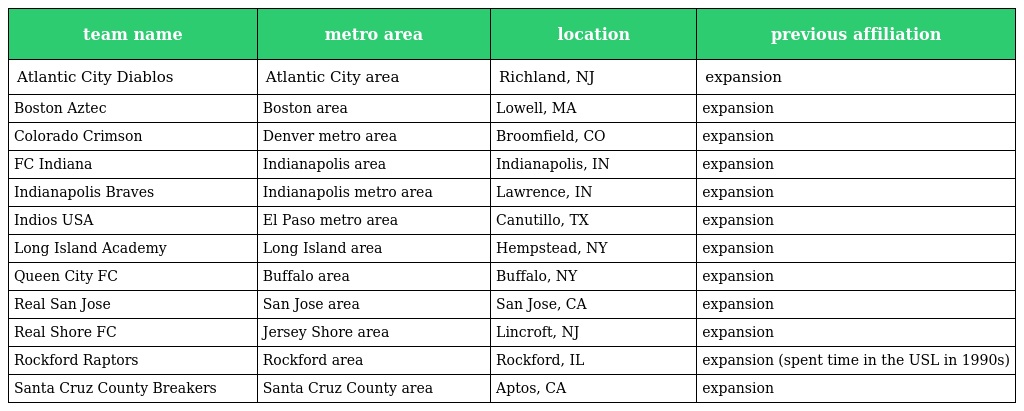
| team name | metro area | location | previous affiliation |
 | --- | --- | --- | --- |
 | Atlantic City Diablos | Atlantic City area | Richland, NJ | expansion |
 | Boston Aztec | Boston area | Lowell, MA | expansion |
 | Colorado Crimson | Denver metro area | Broomfield, CO | expansion |
 | FC Indiana | Indianapolis area | Indianapolis, IN | expansion |
 | Indianapolis Braves | Indianapolis metro area | Lawrence, IN | expansion |
 | Indios USA | El Paso metro area | Canutillo, TX | expansion |
 | Long Island Academy | Long Island area | Hempstead, NY | expansion |
 | Queen City FC | Buffalo area | Buffalo, NY | expansion |
 | Real San Jose | San Jose area | San Jose, CA | expansion |
 | Real Shore FC | Jersey Shore area | Lincroft, NJ | expansion |
 | Rockford Raptors | Rockford area | Rockford, IL | expansion (spent time in the USL in 1990s) |
 | Santa Cruz County Breakers | Santa Cruz County area | Aptos, CA | expansion |